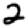
Digit: 2